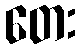
တေး